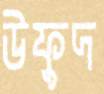
উফুদ